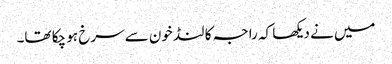
میں نے دیکھا کہ راجہ کا لنڈ خون سے سرخ ہو چکا تھا۔